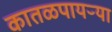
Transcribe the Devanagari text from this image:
कातळपायऱ्या